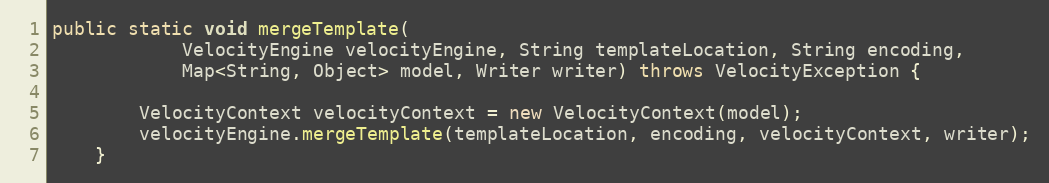
Language: Java
public static void mergeTemplate(
			VelocityEngine velocityEngine, String templateLocation, String encoding,
			Map<String, Object> model, Writer writer) throws VelocityException {

		VelocityContext velocityContext = new VelocityContext(model);
		velocityEngine.mergeTemplate(templateLocation, encoding, velocityContext, writer);
	}